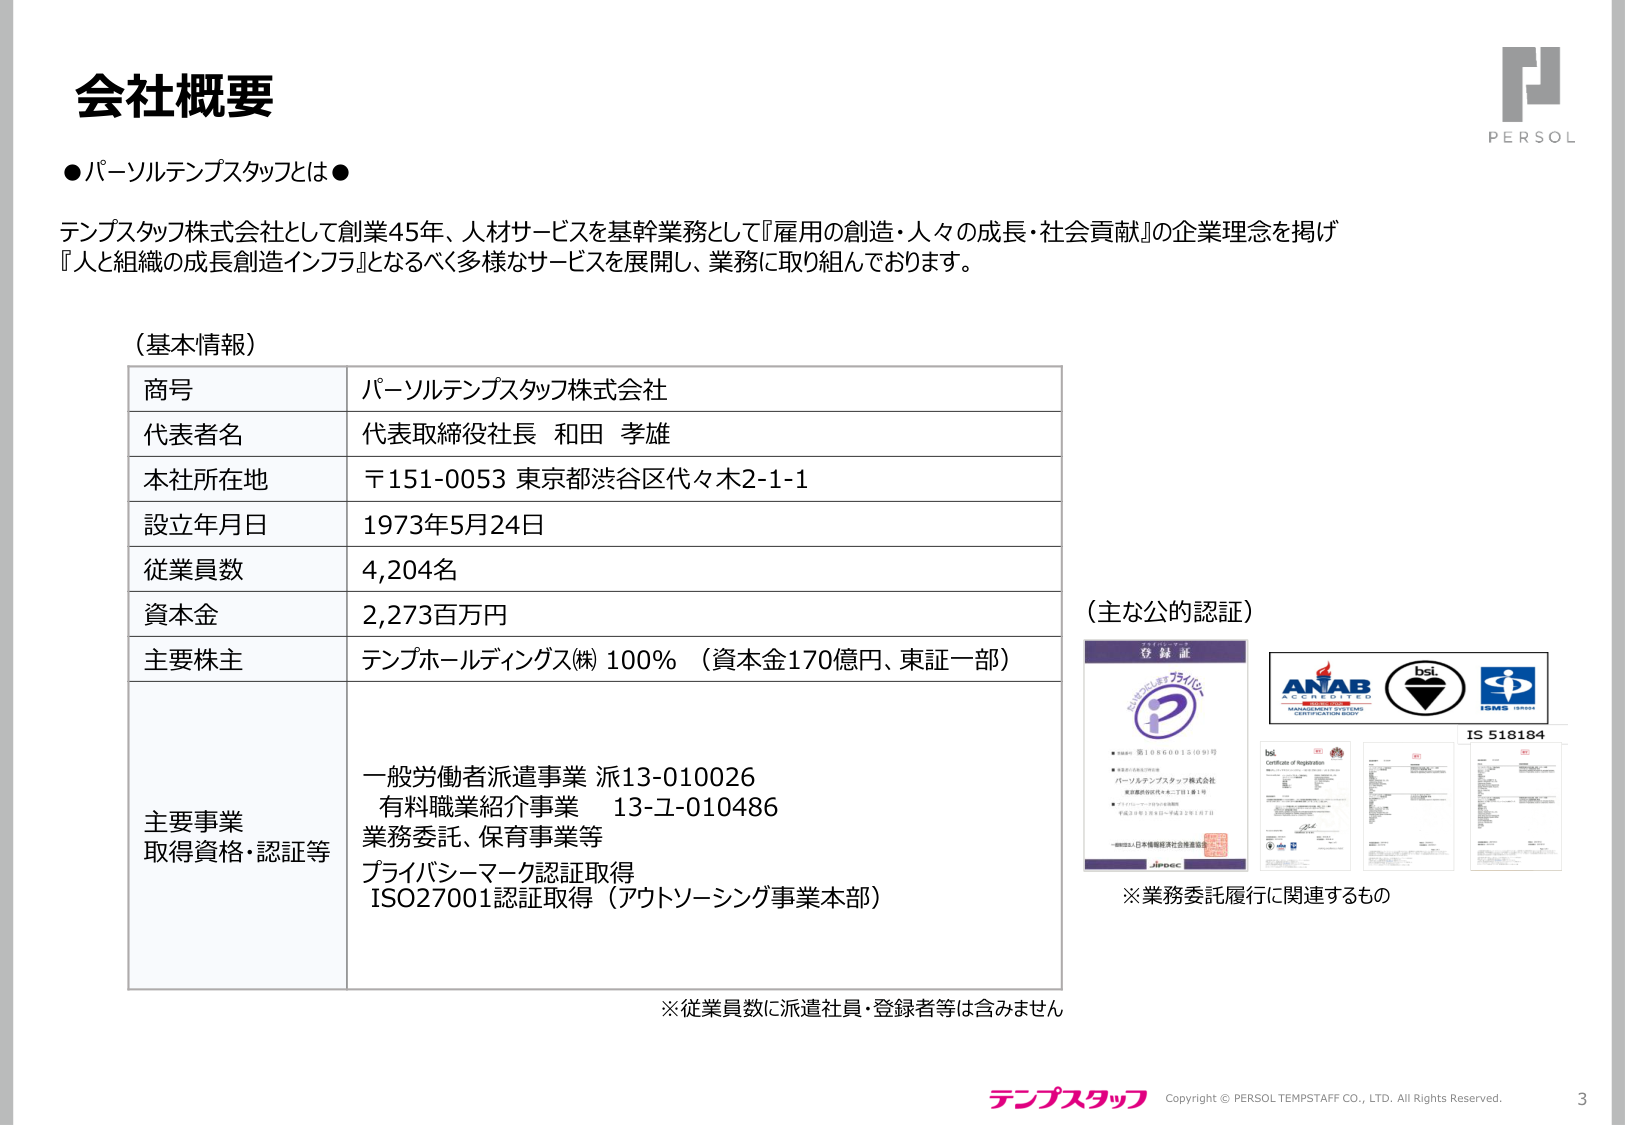
会社概要

●パーソルテンプスタッフとは●

テンプスタッフ株式会社として創業45年、人材サービスを基幹業務として『雇用の創造・人々の成長・社会貢献』の企業理念を掲げ
『人と組織の成長創造インフラ』となるべく多様なサービスを展開し、業務に取り組んでおります。

（基本情報）

商号 パーソルテンプスタッフ株式会社
代表者名 代表取締役社長 和田 孝雄
本社所在地 〒151-0053 東京都渋谷区代々木2-1-1
設立年月日 1973年5月24日
従業員数 4,204名
資本金 2,273百万円
主要株主 テンプホールディングス(株) 100% （資本金170億円、東証一部）

主要事業
取得資格・認証等
一般労働者派遣事業 派13-010026
有料職業紹介事業 13-ユ-010486
業務委託、保育事業等
プライバシーマーク認証取得
ISO27001認証取得（アウトソーシング事業本部）

※従業員数に派遣社員・登録者等は含みません

（主な公的認証）

登録証
パーソルテンプスタッフ株式会社
東京都渋谷区代々木2丁目1番1号
〒151-0053
登録番号 第108000121091号
※業務委託履行に関連するもの

ANAB
ACCREDITED
MANAGEMENT SYSTEMS
CERTIFICATION BODY

bsi
IS 518184

Certificate of Registration

※業務委託履行に関連するもの

PERSOL

テンプスタッフ
Copyright © PERSOL TEMSTAFF CO., LTD. All Rights Reserved.
3